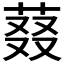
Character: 𬝉